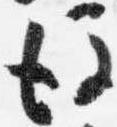
後